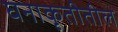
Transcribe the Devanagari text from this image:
घनाकृतीतील